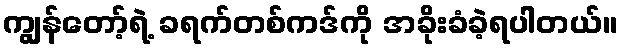
ကျွန်တော့်ရဲ့ ခရက်တစ်ကဒ်ကို အခိုးခံခဲ့ရပါတယ်။